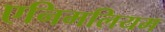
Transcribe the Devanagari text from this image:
एनिमलियम